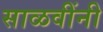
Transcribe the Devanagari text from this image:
साळवींनी